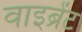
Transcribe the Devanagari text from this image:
वाइब्रेंट